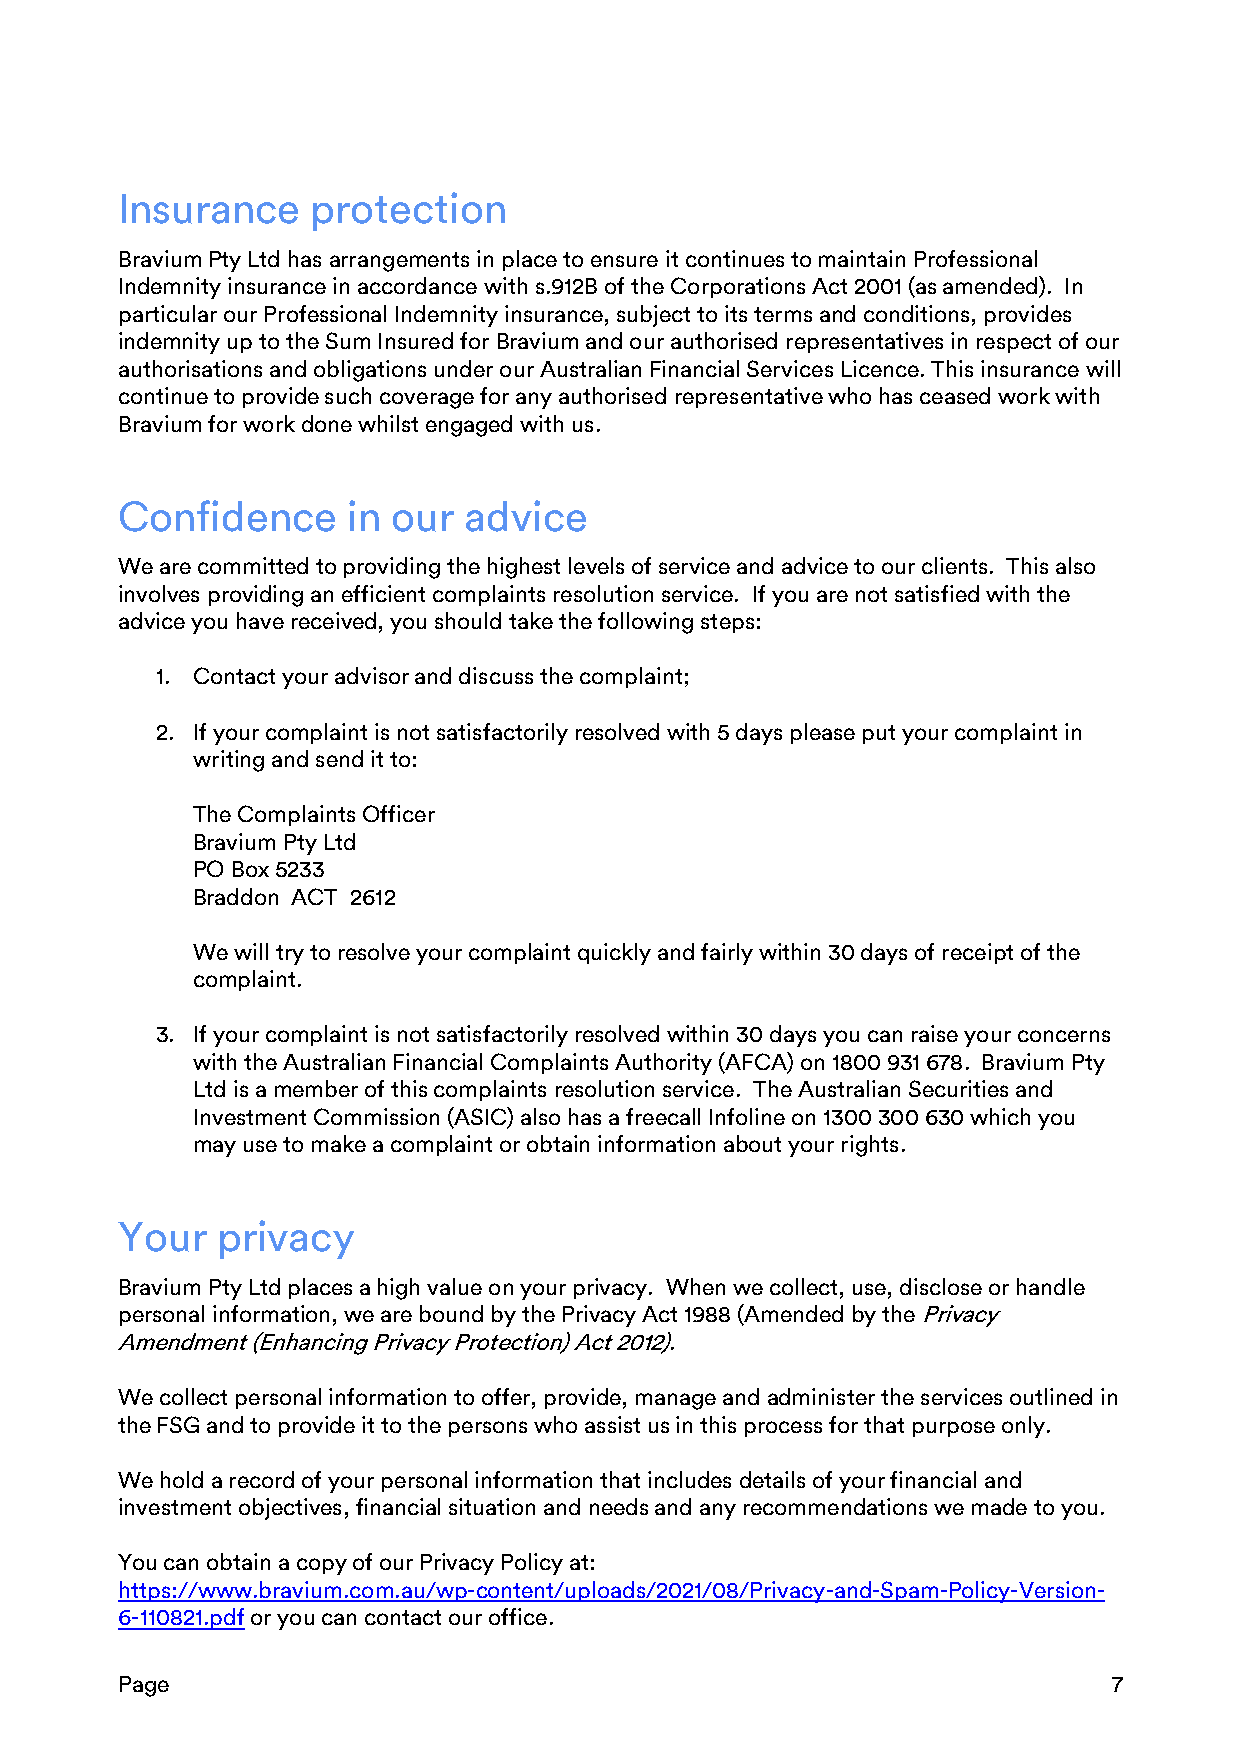
Insurance    protection
 Bravium Pty Ltd has arrangements in place to ensure it continues to maintain Professional
 Indemnity insurance in accordance with s.912B of the Corporations Act 2001 (as amended). In
 particular our Professional Indemnity insurance, subject to its terms and conditions, provides
 indemnity up to the Sum Insured for Bravium and our authorised representatives in respect of our
 authorisations and obligations under our Australian Financial Services Licence. This insurance will
 continue to provide such coverage for any authorised representative who has ceased work with
 Bravium for work done whilst engaged with us.
 Confidence     in our  advice
 We are committed to providing the highest levels of service and advice to our clients. This also
 involves providing an efficient complaints resolution service. If you are not satisfied with the
 advice you have received, you should take the following steps:
 1. Contact your advisor and discuss the complaint;
 2. If your complaint is not satisfactorily resolved with 5 days please put your complaint in
 writing and send it to:
 The Complaints Officer
 Bravium Pty Ltd
 PO Box 5233
 Braddon ACT 2612
 We will try to resolve your complaint quickly and fairly within 30 days of receipt of the
 complaint.
 3. If your complaint is not satisfactorily resolved within 30 days you can raise your concerns
 with the Australian Financial Complaints Authority (AFCA) on 1800 931 678. Bravium Pty
 Ltd is a member of this complaints resolution service. The Australian Securities and
 Investment Commission (ASIC) also has a freecall Infoline on 1300 300 630 which you
 may use to make a complaint or obtain information about your rights.
 Your  privacy
 Bravium Pty Ltd places a high value on your privacy. When we collect, use, disclose or handle
 personal information, we are bound by the Privacy Act 1988 (Amended by the Privacy
 Amendment (Enhancing Privacy Protection) Act 2012).
 We collect personal information to offer, provide, manage and administer the services outlined in
 the FSG and to provide it to the persons who assist us in this process for that purpose only.
 We hold a record of your personal information that includes details of your financial and
 investment objectives, financial situation and needs and any recommendations we made to you.
 You can obtain a copy of our Privacy Policy at:
 https://www.bravium.com.au/wp-content/uploads/2021/08/Privacy-and-Spam-Policy-Version-
 6-110821.pdf or you can contact our office.
 Page                                                              7